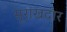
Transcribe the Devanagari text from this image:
सूराखदार